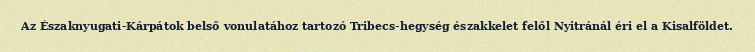
Az Északnyugati-Kárpátok belső vonulatához tartozó Tribecs-hegység északkelet felől Nyitránál éri el a Kisalföldet.